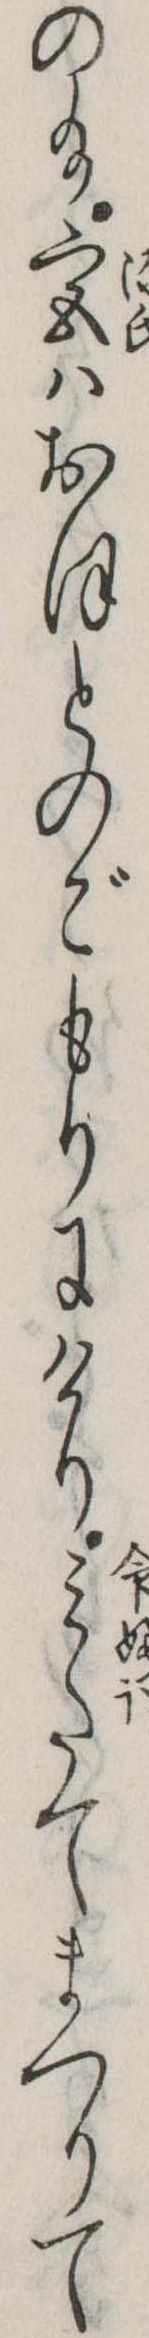
の給宮はおほとのごもりにけりみたてまつりて